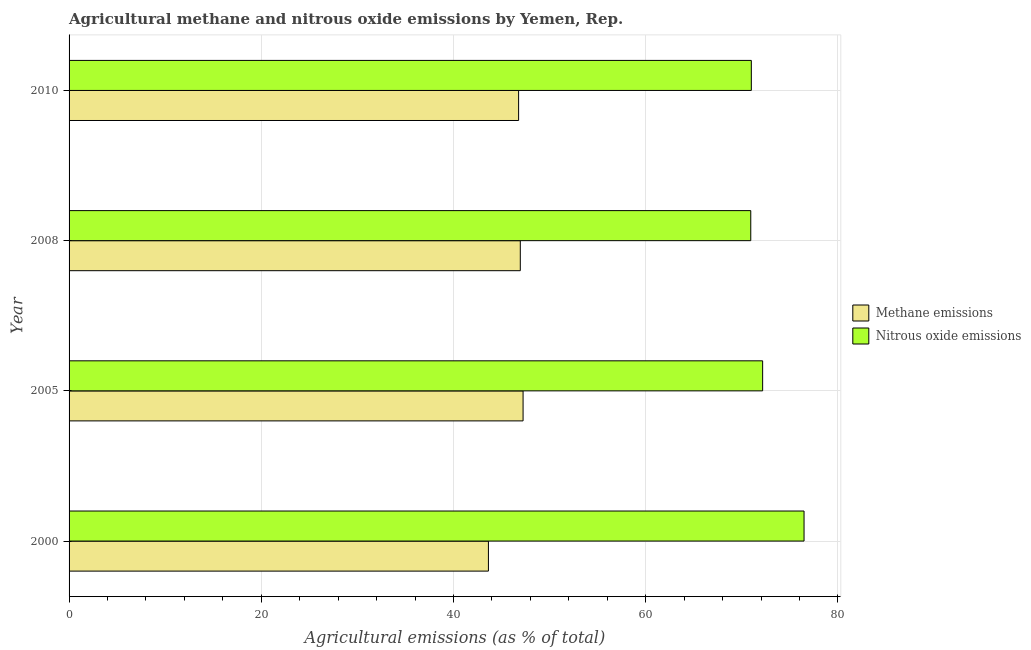
| Year | Methane emissions | Nitrous oxide emissions |
 | --- | --- | --- |
 | 2000 | 43.6 | 76.5 |
 | 2005 | 47.2 | 72.2 |
 | 2008 | 47 | 70.9 |
 | 2010 | 46.8 | 71 |